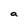
Character: a